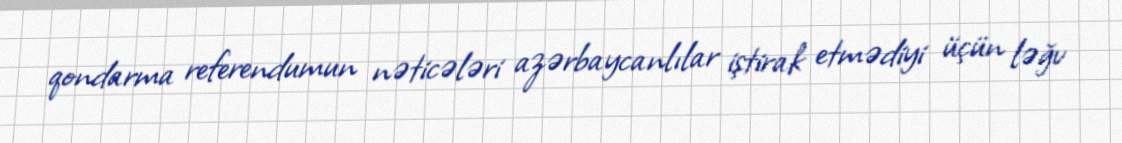
qondarma referendumun nəticələri azərbaycanlılar iştirak etmədiyi üçün ləğv